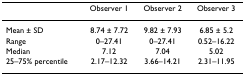
<table><thead><tr><td></td><td><b>Observer 1</b></td><td><b>Observer 2</b></td><td><b>Observer 3</b></td></tr></thead><tbody><tr><td>Mean ± SD</td><td>8.74 ± 7.72</td><td>9.82 ± 7.93</td><td>6.85 ± 5.2</td></tr><tr><td>Range</td><td>0–27.41</td><td>0–27.41</td><td>0.52–16.22</td></tr><tr><td>Median</td><td>7.12</td><td>7.04</td><td>5.02</td></tr><tr><td>25–75% percentile</td><td>2.17–12.32</td><td>3.66–14.21</td><td>2.31–11.95</td></tr></tbody></table>